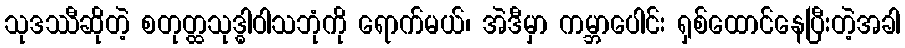
သုဒဿီဆိုတဲ့ စတုတ္ထသုဒ္ဓါဝါသဘုံကို ရောက်မယ်၊ အဲဒီမှာ ကမ္ဘာပေါင်း ရှစ်ထောင်နေပြီးတဲ့အခါ